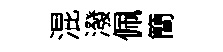
混潑佩簡